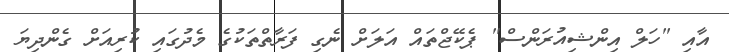
އާއި "ހަލް އިންޝިއުރަންސް" ޕެކޭޖްތައް އަލަށް ނެގި ފަރާތްތަކުގެ މެދުގައި ކުރިއަށް ގެންދިޔަ